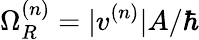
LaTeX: \Omega_{R}^{(n)}=|v^{(n)}|A/\hbar